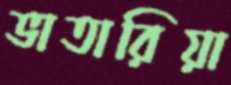
ভাতারিয়া